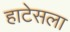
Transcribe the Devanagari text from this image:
हाटेसला